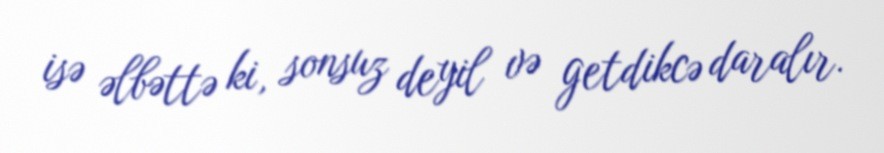
isə əlbəttə ki, sonsuz deyil və getdikcə daralır.